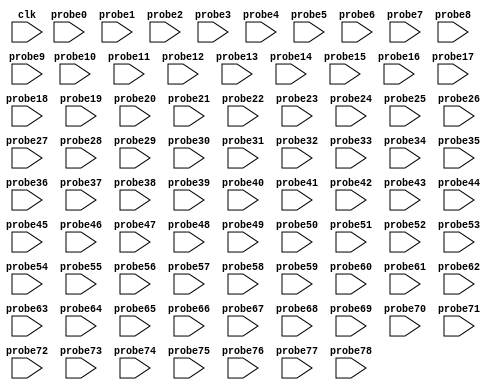
// (c) Copyright 1995-2012 Xilinx, Inc. All rights reserved.
//
// This file contains confidential and proprietary information
// of Xilinx, Inc. and is protected under U.S. and
// international copyright and other intellectual property
// laws.
//
// DISCLAIMER
// This disclaimer is not a license and does not grant any
// rights to the materials distributed herewith. Except as
// otherwise provided in a valid license issued to you by
// Xilinx, and to the maximum extent permitted by applicable
// law: (1) THESE MATERIALS ARE MADE AVAILABLE "AS IS" AND
// WITH ALL FAULTS, AND XILINX HEREBY DISCLAIMS ALL WARRANTIES
// AND CONDITIONS, EXPRESS, IMPLIED, OR STATUTORY, INCLUDING
// BUT NOT LIMITED TO WARRANTIES OF MERCHANTABILITY, NON-
// INFRINGEMENT, OR FITNESS FOR ANY PARTICULAR PURPOSE; and
// (2) Xilinx shall not be liable (whether in contract or tort,
// including negligence, or under any other theory of
// liability) for any loss or damage of any kind or nature
// related to, arising under or in connection with these
// materials, including for any direct, or any indirect,
// special, incidental, or consequential loss or damage
// (including loss of data, profits, goodwill, or any type of
// loss or damage suffered as a result of any action brought
// by a third party) even if such damage or loss was
// reasonably foreseeable or Xilinx had been advised of the
// possibility of the same.
//
// CRITICAL APPLICATIONS
// Xilinx products are not designed or intended to be fail-
// safe, or for use in any application requiring fail-safe
// performance, such as life-support or safety devices or
// systems, Class III medical devices, nuclear facilities,
// applications related to the deployment of airbags, or any
// other applications that could lead to death, personal
// injury, or severe property or environmental damage
// (individually and collectively, "Critical
// Applications"). Customer assumes the sole risk and
// liability of any use of Xilinx products in Critical
// Applications, subject only to applicable laws and
// regulations governing limitations on product liability.
//
// THIS COPYRIGHT NOTICE AND DISCLAIMER MUST BE RETAINED AS
// PART OF THIS FILE AT ALL TIMES.
//
// DO NOT MODIFY THIS FILE.
`timescale 1ns / 1ps
module bd_082c_ila_lib_0 (
clk,


probe0,
probe1,
probe2,
probe3,
probe4,
probe5,
probe6,
probe7,
probe8,
probe9,
probe10,
probe11,
probe12,
probe13,
probe14,
probe15,
probe16,
probe17,
probe18,
probe19,
probe20,
probe21,
probe22,
probe23,
probe24,
probe25,
probe26,
probe27,
probe28,
probe29,
probe30,
probe31,
probe32,
probe33,
probe34,
probe35,
probe36,
probe37,
probe38,
probe39,
probe40,
probe41,
probe42,
probe43,
probe44,
probe45,
probe46,
probe47,
probe48,
probe49,
probe50,
probe51,
probe52,
probe53,
probe54,
probe55,
probe56,
probe57,
probe58,
probe59,
probe60,
probe61,
probe62,
probe63,
probe64,
probe65,
probe66,
probe67,
probe68,
probe69,
probe70,
probe71,
probe72,
probe73,
probe74,
probe75,
probe76,
probe77,
probe78
);

input clk;


input [0 : 0] probe0;
input [31 : 0] probe1;
input [0 : 0] probe2;
input [0 : 0] probe3;
input [3 : 0] probe4;
input [3 : 0] probe5;
input [0 : 0] probe6;
input [0 : 0] probe7;
input [0 : 0] probe8;
input [0 : 0] probe9;
input [31 : 0] probe10;
input [0 : 0] probe11;
input [0 : 0] probe12;
input [3 : 0] probe13;
input [3 : 0] probe14;
input [0 : 0] probe15;
input [0 : 0] probe16;
input [0 : 0] probe17;
input [0 : 0] probe18;
input [31 : 0] probe19;
input [0 : 0] probe20;
input [0 : 0] probe21;
input [3 : 0] probe22;
input [3 : 0] probe23;
input [0 : 0] probe24;
input [0 : 0] probe25;
input [0 : 0] probe26;
input [0 : 0] probe27;
input [31 : 0] probe28;
input [0 : 0] probe29;
input [0 : 0] probe30;
input [3 : 0] probe31;
input [3 : 0] probe32;
input [0 : 0] probe33;
input [0 : 0] probe34;
input [0 : 0] probe35;
input [0 : 0] probe36;
input [31 : 0] probe37;
input [0 : 0] probe38;
input [0 : 0] probe39;
input [3 : 0] probe40;
input [3 : 0] probe41;
input [0 : 0] probe42;
input [0 : 0] probe43;
input [0 : 0] probe44;
input [0 : 0] probe45;
input [31 : 0] probe46;
input [0 : 0] probe47;
input [0 : 0] probe48;
input [3 : 0] probe49;
input [3 : 0] probe50;
input [0 : 0] probe51;
input [0 : 0] probe52;
input [0 : 0] probe53;
input [0 : 0] probe54;
input [31 : 0] probe55;
input [0 : 0] probe56;
input [0 : 0] probe57;
input [3 : 0] probe58;
input [3 : 0] probe59;
input [0 : 0] probe60;
input [0 : 0] probe61;
input [0 : 0] probe62;
input [0 : 0] probe63;
input [23 : 0] probe64;
input [2 : 0] probe65;
input [0 : 0] probe66;
input [0 : 0] probe67;
input [0 : 0] probe68;
input [0 : 0] probe69;
input [23 : 0] probe70;
input [0 : 0] probe71;
input [0 : 0] probe72;
input [2 : 0] probe73;
input [2 : 0] probe74;
input [0 : 0] probe75;
input [0 : 0] probe76;
input [0 : 0] probe77;
input [0 : 0] probe78;


endmodule